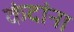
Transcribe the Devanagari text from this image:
कंदांना